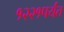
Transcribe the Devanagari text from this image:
१२२१पर्यंत